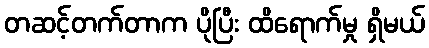
တဆင့်တက်တာက ပိုပြီး ထိရောက်မှု ရှိမယ်